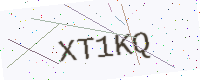
Text: XT1KQ